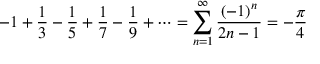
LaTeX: - 1 + { \frac { 1 } { 3 } } - { \frac { 1 } { 5 } } + { \frac { 1 } { 7 } } - { \frac { 1 } { 9 } } + \cdots = \sum _ { n = 1 } ^ { \infty } { \frac { \left( - 1 \right) ^ { n } } { 2 n - 1 } } = - { \frac { \pi } { 4 } }